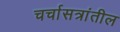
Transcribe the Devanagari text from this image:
चर्चासत्रांतील